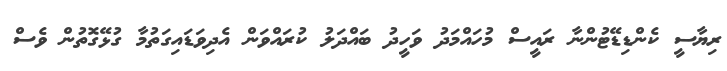
ރިޔާސީ ކެންޑިޑޭޓުންނާ ރައީސް މުހައްމަދު ވަހީދު ބައްދަލު ކުރައްވަން އެދިވަޑައިގަތުމާ ގުޅޭގޮތުން ވެސް